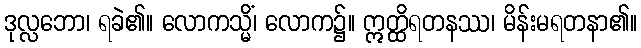
ဒုလ္လဘော၊ ရခဲ၏။ လောကသ္မိံ၊ လောက၌။ ဣတ္ထိရတနဿ၊ မိန်းမရတနာ၏။